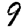
Digit: 9